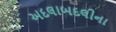
અદલાબદલીના